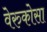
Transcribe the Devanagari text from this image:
वेरुकोसा